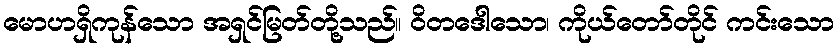
မောဟရှိကုန်သော အရှင်မြတ်တို့သည်။ ဝိတဒေါသော၊ ကိုယ်တော်တိုင် ကင်းသော